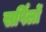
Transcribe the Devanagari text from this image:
सर्पिलों